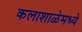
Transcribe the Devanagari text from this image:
कलाशाळेमध्ये